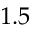
1 . 5